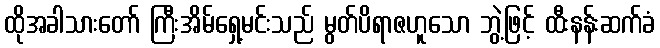
ထိုအခါသားတော် ကြီးအိမ်ရှေ့မင်းသည် မွတ်ပိရာဇဟူသော ဘွဲ့ဖြင့် ထီးနန်းဆက်ခံ